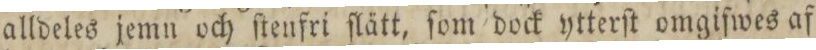
alldeles jemn och ſtenfri ſlätt, ſom dock ytterſt omgifwes af